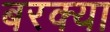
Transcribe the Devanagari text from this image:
बरक्या